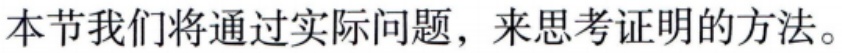
本节我们将通过实际问题，来思考证明的方法。